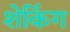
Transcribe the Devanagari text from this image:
शेकिंग